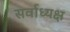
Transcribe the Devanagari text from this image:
सर्वाध्यक्ष